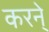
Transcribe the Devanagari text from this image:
करने्